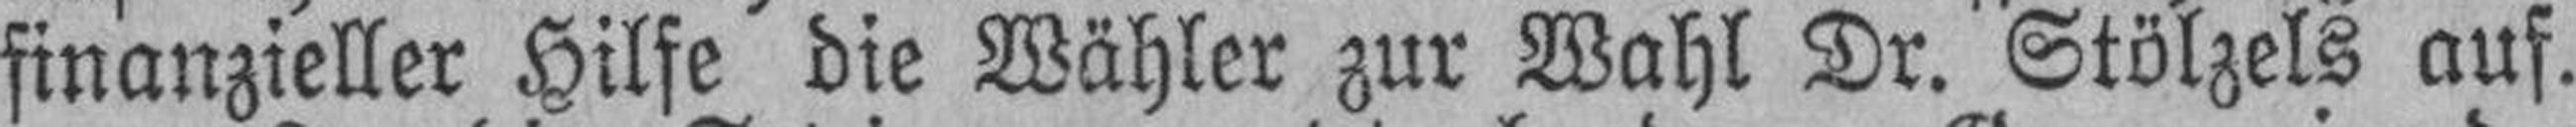
finanzieller Hilfe die Wähler zur Wahl Dr. Stölzels auf.